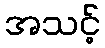
အသင့်